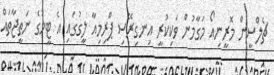
ޗެލްސީން މޮރީނިއޯ މަގާމުން ވަކިކުރީ އިނގިރޭސި ޕްރިމިއާ ލީގުގައި އެ ޓީމުގެ ނަތީޖާތައް